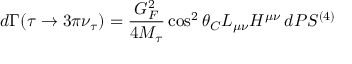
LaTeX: d \Gamma ( \tau \to 3 \pi \nu _ { \tau } ) = \frac { G _ { F } ^ { 2 } } { 4 M _ { \tau } } \cos ^ { 2 } \theta _ { C } L _ { \mu \nu } H ^ { \mu \nu } \, d P S ^ { ( 4 ) }